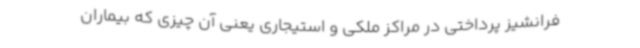
فرانشیز پرداختی در مراکز ملکی و استیجاری یعنی آن چیزی که بیماران